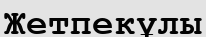
Жетпекұлы